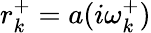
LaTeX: r_{k}^{+}=a(i\omega_{k}^{+})